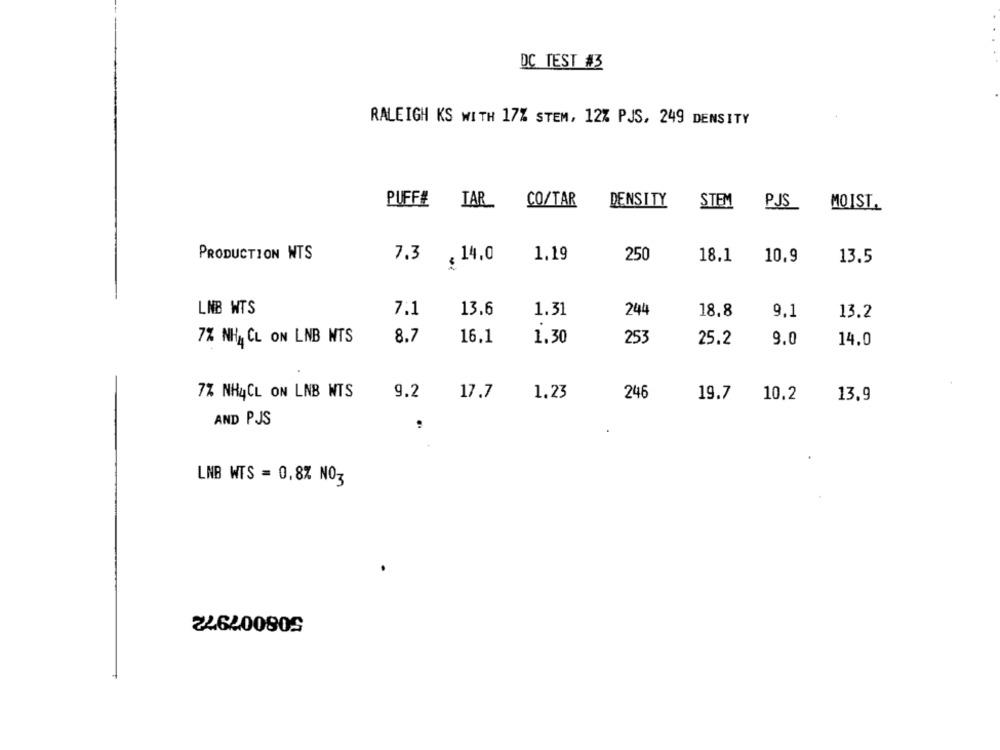
DC TEST #3
RALEIGH KS WITH 17% STEM, 12% PJS, 249 DENSITY
CO/TAR
DENSITY
STEM
PUFFE
TAR
PJS
MOISL.
PRODUCTION WTS
7.3
, 14.0
1.19
250
18.1
10,9
13.5
LNB WTS
7.1
13.6
1.31
244
18.8
9,1
13.2
7% NHA CL ON LNB NTS
8.7
16.1
1.30
253
25.2
9.0
14.0
7% NH4CL ON LNB WTS
9.2
17.7
1.23
246
19.7
10.2
13,9
AND PJS
LNB WTS = 0,8% NO3
246200905